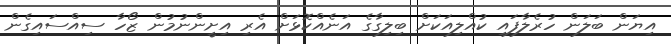
އިޔަން ބަލަން ހުރެލާފައި ކުއްލިއަކަށް ބިލިގާގެ އަނެއްކޮޅަށް އެރި އިށީންނުމުން ޒޯހާ ސިއްސައިގެން